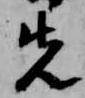
先